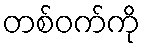
တစ်ဝက်ကို